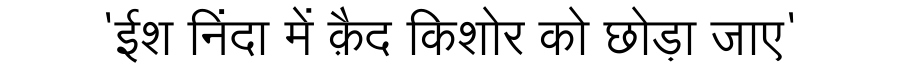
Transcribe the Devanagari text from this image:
'ईश निंदा में क़ैद किशोर को छोड़ा जाए'